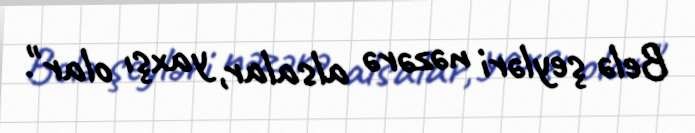
Belə şeyləri nəzərə alsalar, yaxşı olar".